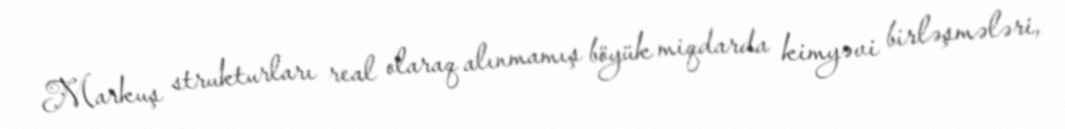
Markuş strukturları real olaraq alınmamış böyük miqdarda kimyəvi birləşmələri,